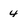
Character: 4